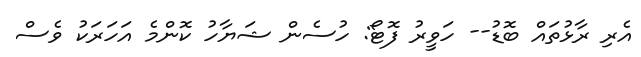
އެރި ރާޅުތައް ބޮޑު-- ހަވީރު ފޮޓޯ: ހުސެން ޝަޔާހު ކޮންމެ އަހަރަކު ވެސް